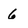
Character: 6